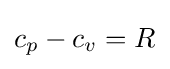
c_{p}-c_{v}=R